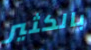
بالكثير